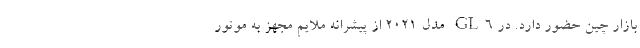
بازار چین حضور دارد. در GL6 مدل 2021 از پیشرانه ملایم مجهز به موتور